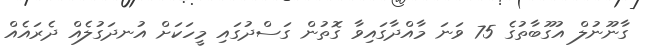
ގާނޫނުލް އުގޫބާތުގެ 75 ވަނަ މާއްދާގައިވާ ގޮތުން ގަސްދުގައި މީހަކަށް އުނދަގުލެއް ދެރައެއް